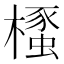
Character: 𣜡